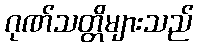
ဂုဏ်သတ္တိများသည်